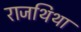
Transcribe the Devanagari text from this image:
राजथिथा